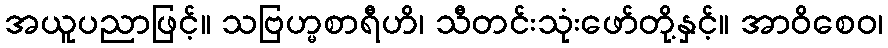
အယူပညာဖြင့်။ သဗြဟ္မစာရီဟိ၊ သီတင်းသုံးဖော်တို့နှင့်။ အာဝိစေဝ၊